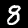
Label: 8